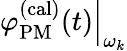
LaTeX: \left.\varphi_{\mathrm{PM}}^{\mathrm{(cal)}}(t)\right\vert_{\omega_{k}}